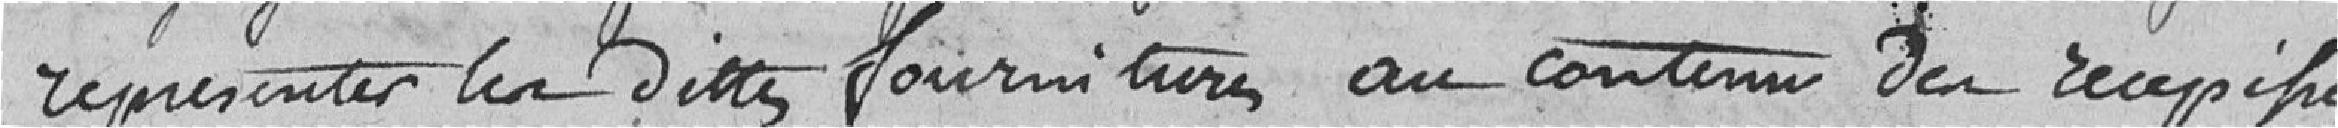
représenter les dites fournitures au contenu des récépissés